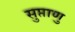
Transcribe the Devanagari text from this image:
सुप्ताणु